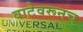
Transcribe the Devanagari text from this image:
वाटेवरूनच